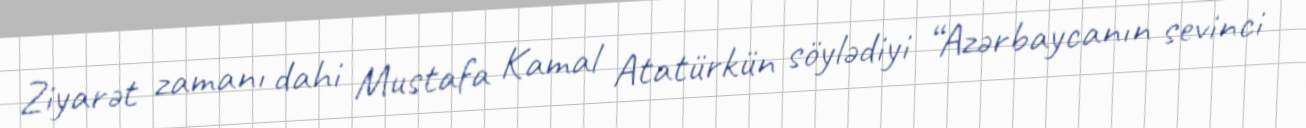
Ziyarət zamanı dahi Mustafa Kamal Atatürkün söylədiyi “Azərbaycanın sevinci